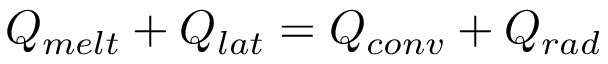
Q _ { m e l t } + Q _ { l a t } = Q _ { c o n v } + Q _ { r a d }